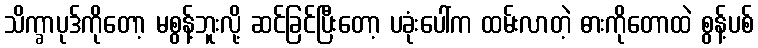
သိက္ခာပုဒ်ကိုတော့ မစွန့်ဘူးလို့ ဆင်ခြင်ပြီးတော့ ပခုံးပေါ်က ထမ်းလာတဲ့ ဓားကိုတောထဲ စွန့်ပစ်